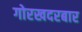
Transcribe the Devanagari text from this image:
गोरखदरबार